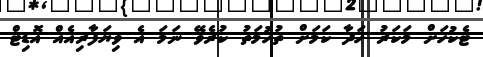
ޓެކުހަށް މަކަރު ހަދާ ކަމަށް ތުހުމަތު ކުރެވޭ ނަމަ އެ ވިޔަފާރިއެއް އޮޑިޓް